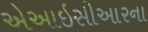
એઆઇસીઆરના